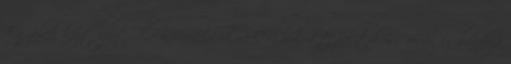
Egyebek közt ezért TÖBBSZÖRÖSEN bukott politikus.” orbán és bandája